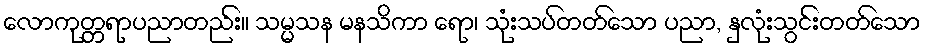
လောကုတ္တရာပညာတည်း။ သမ္မသန မနသိကာ ရော၊ သုံးသပ်တတ်သော ပညာ, နှလုံးသွင်းတတ်သော